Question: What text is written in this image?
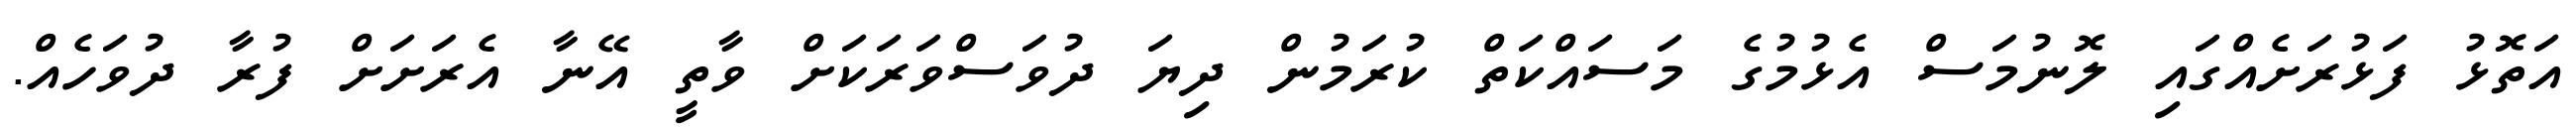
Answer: އަތޮޅު ފަޅުރަށެއްގައި ލޮނުމަސް އެޅުމުގެ މަސައްކަތް ކުރަމުން ދިޔަ ދުވަސްވަރަކަށް ވާތީ އޭނާ އެރަށަށް ފުރާ ދުވަހެއް.